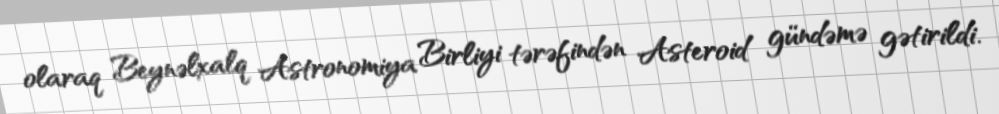
olaraq Beynəlxalq Astronomiya Birliyi tərəfindən Asteroid gündəmə gətirildi.